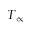
T _ { \infty }